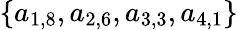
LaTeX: \{ a_{1,8},a_{2,6},a_{3,3},a_{4,1}\}